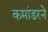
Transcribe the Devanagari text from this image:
कमांडरने